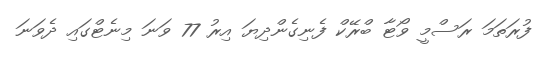
ފުރަތަމަ ރަސްމީ ވޯޓާ ބްރޭކް ފެނިގެންދިޔަ އިރު 77 ވަނަ މިނެޓްގައި ދެވަނަ